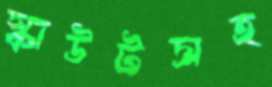
স্কাউটসহ